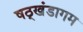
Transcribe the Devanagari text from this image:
षठ्खंडागम